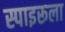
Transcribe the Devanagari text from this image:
स्पाइरूला